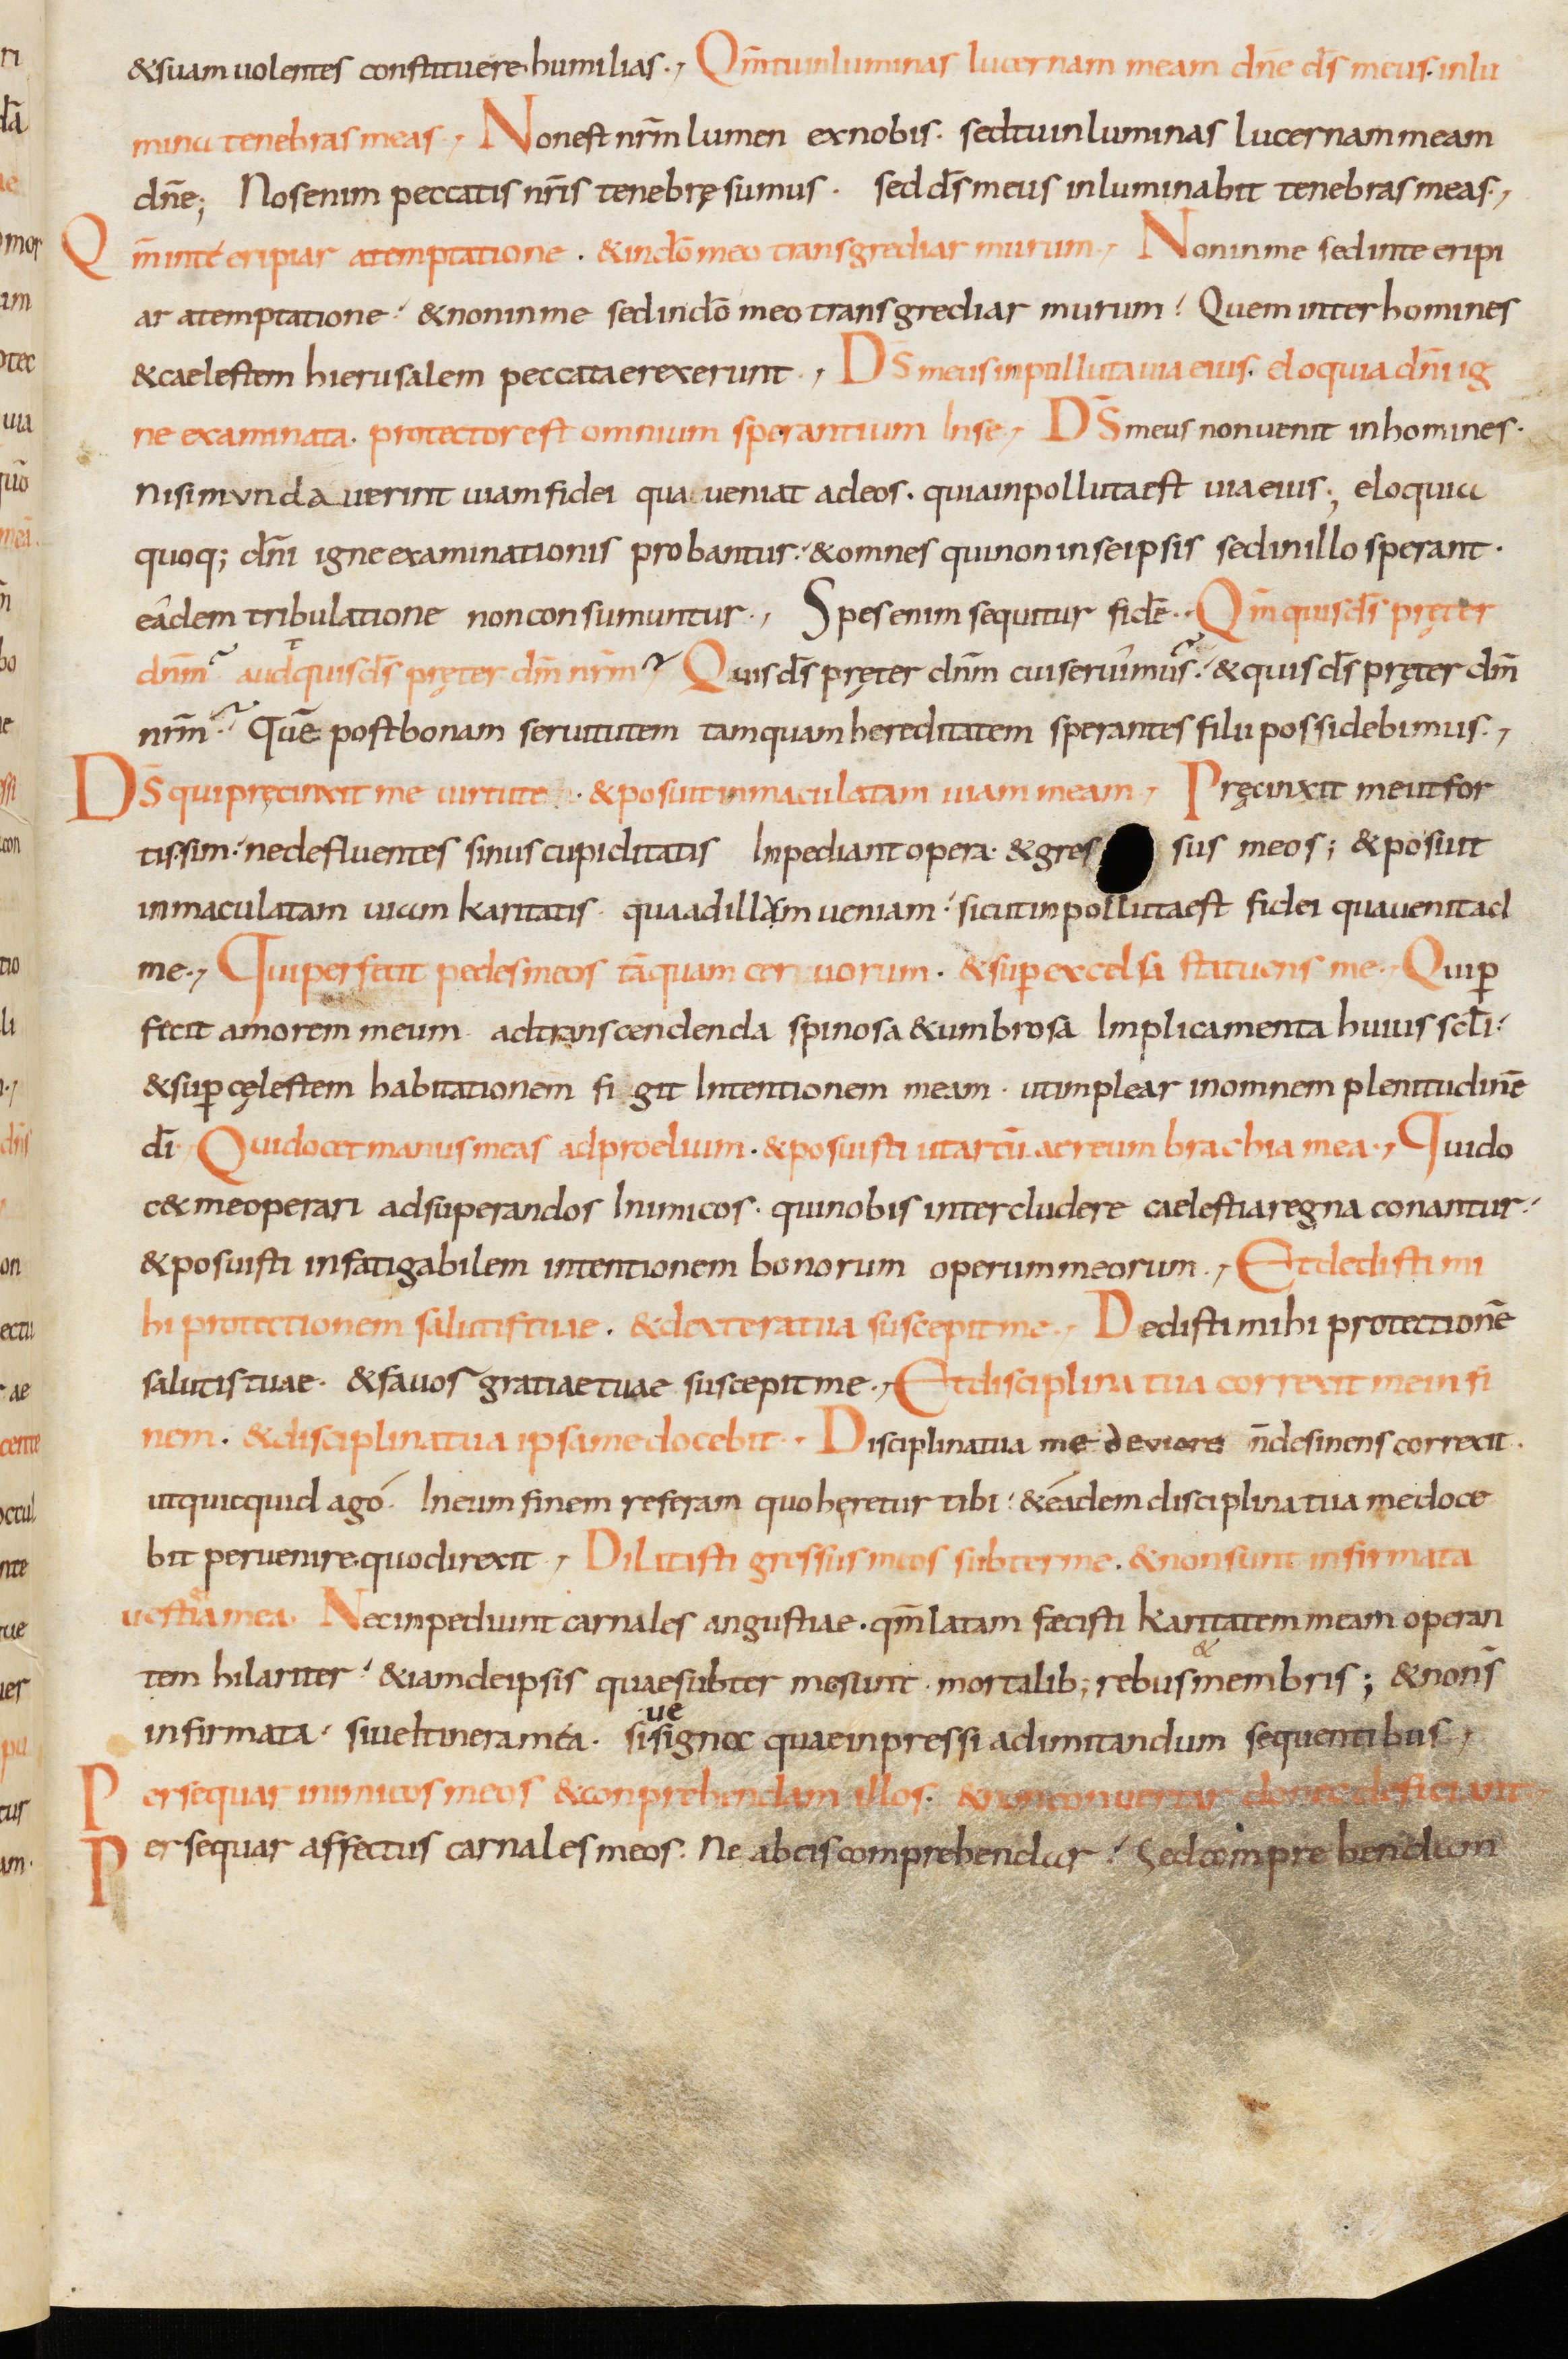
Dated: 800–899